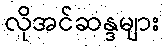
လိုအင်ဆန္ဒများ